Annual report on the Civil Veterinary Department, Burma (including the Insein Veterinary School) - 1932-1941
Year: 1932
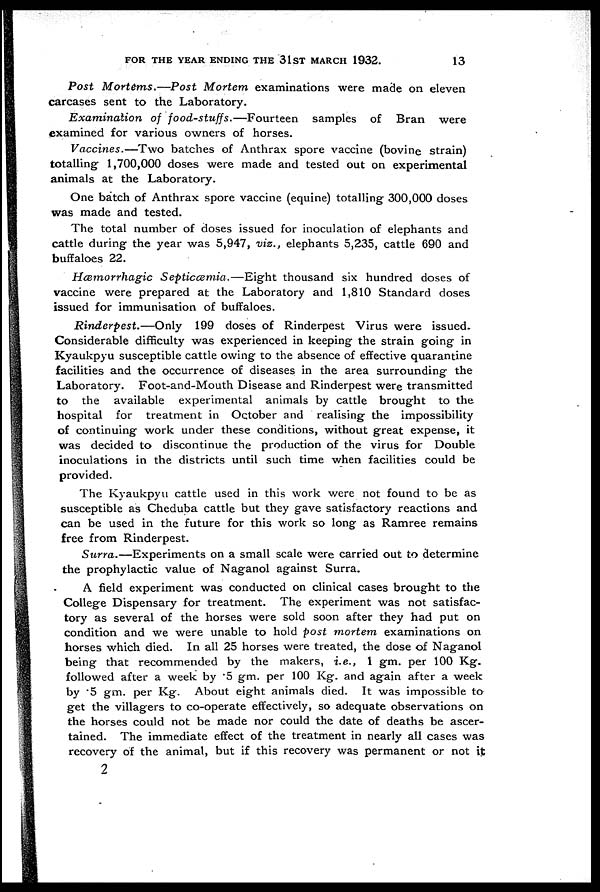
FOR THE YEAR ENDING THE 31ST MARCH 1932.
13
Post Mortems.—Post
Mortem examinations were made on eleven
carcases sent to the Laboratory.
Examination
of food-stuffs.—Fourteen
samples of Bran were
examined for various owners of horses.
Vaccines.—Two
batches of Anthrax spore vaccine (bovine strain)
totalling 1,700,000 doses were made and tested out on experimental
animals at the Laboratory.
One batch of Anthrax spore vaccine (equine) totalling 300,000 doses
was made and tested.
The total number of doses issued for inoculation of elephants and
cattle during the year was 5,947, viz., elephants 5,235, cattle 690 and
buffaloes 22.
Hæmorrhagic
Septicæmia.—Eight
thousand six hundred doses of
vaccine were prepared at the Laboratory and 1,810 Standard doses
issued for immunisation of buffaloes.
Rinderpest.—Only
199 doses of Rinderpest Virus were issued.
Considerable difficulty was experienced in keeping the strain going in
Kyaukpyu susceptible cattle owing to the absence of effective quarantine
facilities and the occurrence of diseases in the area surrounding the
Laboratory. Foot-and-Mouth Disease and Rinderpest were transmitted
to the available experimental animals by cattle brought to the
hospital for treatment in October and realising the impossibility
of continuing work under these conditions, without great expense, it
was decided to discontinue the production of the virus for Double
inoculations in the districts until such time when facilities could be
provided.
The Kyaukpyu cattle used in this work were not found to be as
susceptible as Cheduba cattle but they gave satisfactory reactions and
can be used in the future for this work so long as Ramree remains
free from Rinderpest.
Surra.—Experiments
on a small scale were carried out to determine
the prophylactic value of Naganol against Surra.
A field experiment was conducted on clinical cases brought to the
College Dispensary for treatment. The experiment was not satisfac-
tory as several of the horses were sold soon after they had put on
condition and we were unable to hold post mortem examinations on
horses which died. In all 25 horses were treated, the dose of Naganol
being that recommended by the makers, i.e., 1 gm. per 100 Kg.
followed after a week by .5 gm. per 100 Kg. and again after a week
by .5 gm. per Kg. About eight animals died. It was impossible to
get the villagers to co-operate effectively, so adequate observations on
the horses could not be made nor could the date of deaths be ascer-
tained. The immediate effect of the treatment in nearly all cases was
recovery of the animal, but if this recovery was permanent or not it
2